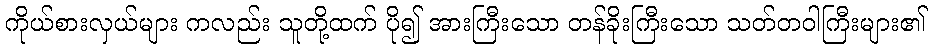
ကိုယ်စားလှယ်များ ကလည်း သူတို့ထက် ပို၍ အားကြီးသော တန်ခိုးကြီးသော သတ်တဝါကြီးများ၏